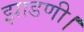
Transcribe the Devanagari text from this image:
झाडणी।